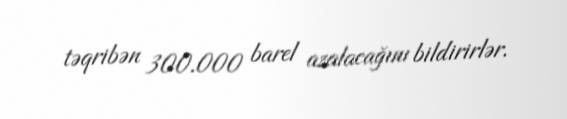
təqribən 300.000 barel azalacağını bildirirlər.